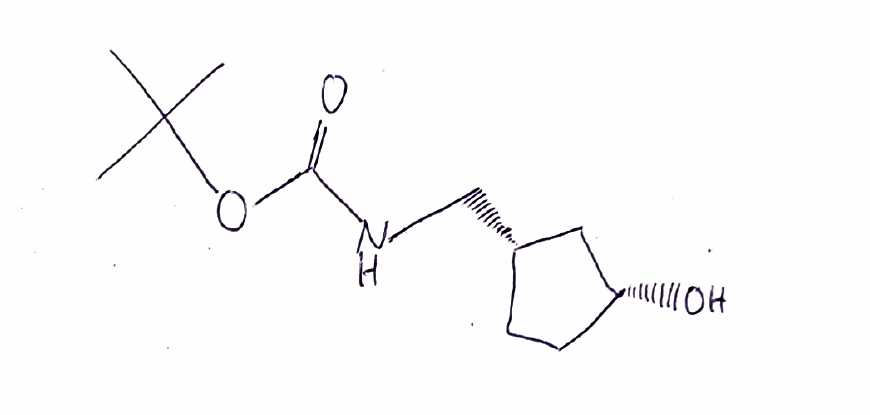
Simplified molecular-input line-entry system (SMILES) notation of the given molecule:
CC(C)(C)OC(=O)NC[C@H]1CC[C@H](C1)O